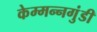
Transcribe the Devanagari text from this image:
केम्मन्नगुंडी